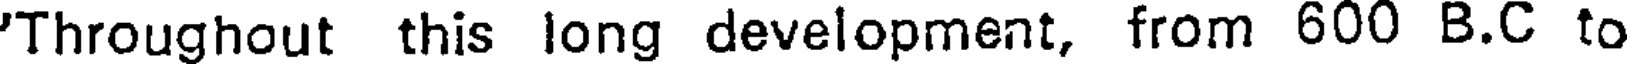
'Throughout this long development, from 600 B.C to